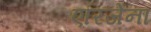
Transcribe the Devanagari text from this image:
एरिजेना